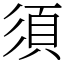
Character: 須